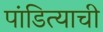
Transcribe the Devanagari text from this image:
पांडित्याची